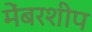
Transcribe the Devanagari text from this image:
मेंबरशीप